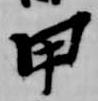
甲